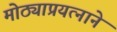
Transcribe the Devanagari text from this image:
मोठ्याप्रयत्नाने